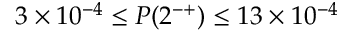
3 \times 1 0 ^ { - 4 } \leq P ( 2 ^ { - + } ) \leq 1 3 \times 1 0 ^ { - 4 }